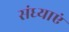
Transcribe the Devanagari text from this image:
संध्याएं